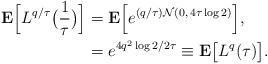
LaTeX: \begin{align*}{\bf E}\Bigl[L^{q/\tau} \bigl(\frac{1}{\tau}\bigr)\Bigr] & = {\bf E}\Bigl[e^{(q/\tau)\mathcal{N}(0,\,4\tau\log 2)}\Bigr], \\& = e^{4q^2\log 2/2\tau} \equiv {\bf E}\bigl[L^{q} (\tau)\bigr].\end{align*}